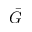
\bar { G }